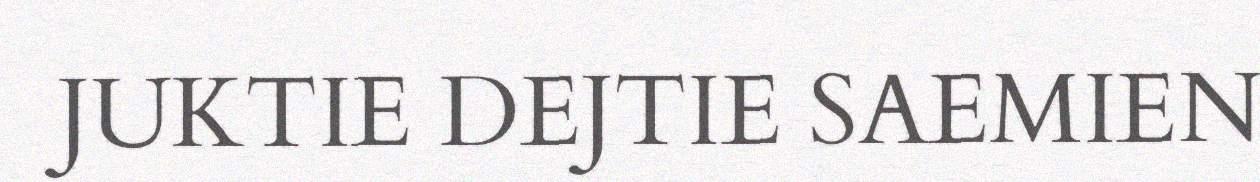
JUKTIE DEJTIE SAEMIEN